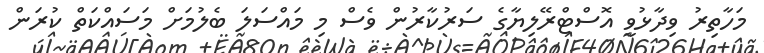
މަހާތިރު ވިދާޅުވީ އޮސްޓްރޭލިޔާގެ ސަރުކާރުން ވެސް މި މައްސަލަ ބެލުމަށް މަސައްކަތް ކުރަން